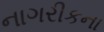
નાગરીકના